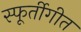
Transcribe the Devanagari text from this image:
स्फूर्तीगीत